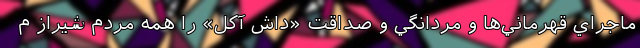
ماجراي قهرماني‌ها و مردانگي و صداقت «داش آکل» را همه مردم شيراز م